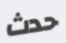
حدث